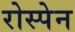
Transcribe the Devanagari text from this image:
रोस्पेन